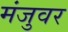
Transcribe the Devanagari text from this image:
मंजुवर